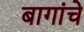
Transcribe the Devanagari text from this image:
बागांचे